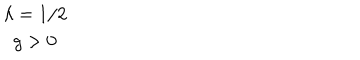
\begin{array} { c } { { \lambda = 1 / 2 } } \\ { { g > 0 } } \\ \end{array}